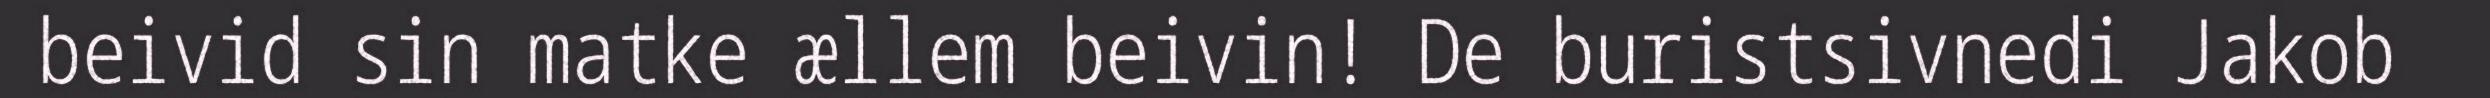
beivid sin matke ællem beivin! De buristsivnedi Jakob